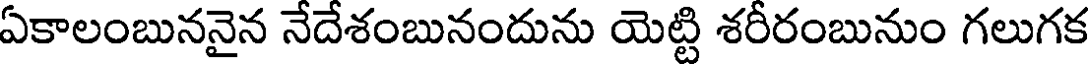
ఏకాలంబుననైన నేదేశంబునందును యెట్టి శరీరంబునుం గలుగక